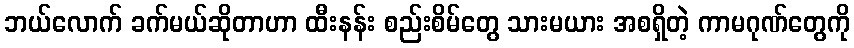
ဘယ်လောက် ခက်မယ်ဆိုတာဟာ ထီးနန်း စည်းစိမ်တွေ သားမယား အစရှိတဲ့ ကာမဂုဏ်တွေကို